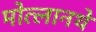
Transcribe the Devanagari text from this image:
मोत्लानथे